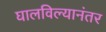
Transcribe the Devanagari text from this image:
घालविल्यानंतर